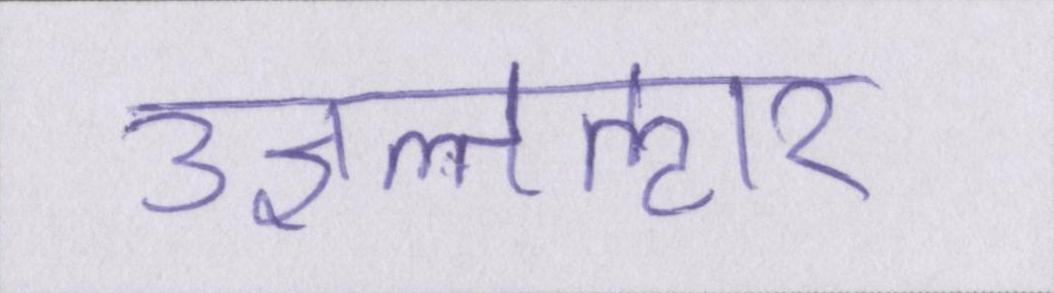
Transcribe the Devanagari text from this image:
उज्ञल्तऌार